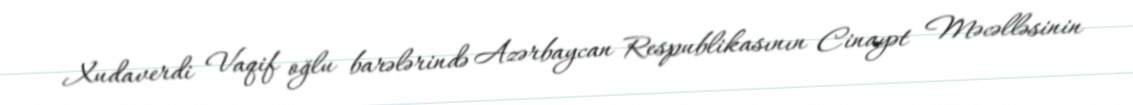
Xudaverdi Vaqif oğlu barələrində Azərbaycan Respublikasının Cinayət Məcəlləsinin